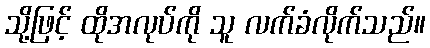
သို့ဖြင့် ထိုအလုပ်ကို သူ လက်ခံလိုက်သည်။